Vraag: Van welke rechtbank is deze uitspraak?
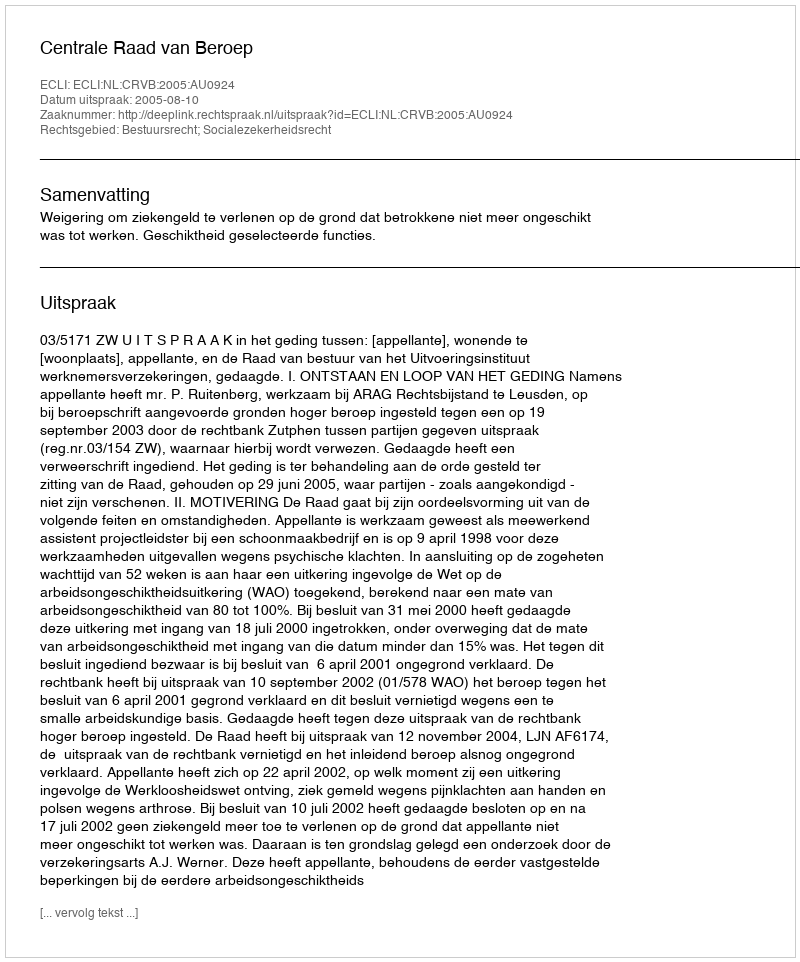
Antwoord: Centrale Raad van Beroep